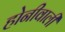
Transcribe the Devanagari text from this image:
होनीवाली